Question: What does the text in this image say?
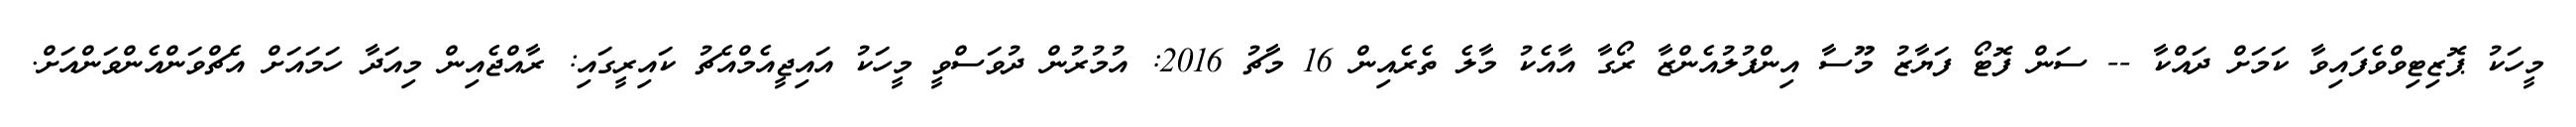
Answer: މީހަކު ޕޮޒިޓިވްވެފައިވާ ކަމަށް ދައްކާ -- ސަން ފޮޓޯ ފަޔާޒު މޫސާ އިންފުލުއެންޒާ ރޯގާ އާއެކު މާލެ ތެރެއިން 16 މާޗު 2016: އުމުރުން ދުވަސްވީ މީހަކު އައިޖީއެމްއެޗު ކައިރީގައި: ރާއްޖެއިން މިއަދާ ހަމައަށް އެޗްވަންއެންވަންއަށް.